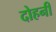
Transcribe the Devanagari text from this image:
दोहनी